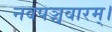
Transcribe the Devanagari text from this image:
नवपञ्चवारम्।